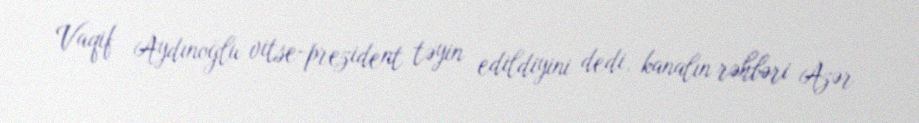
Vaqif Aydınoğlu vitse-prezident təyin edildiyini dedi, kanalın rəhbəri Azər